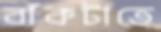
বাঁকটাতে